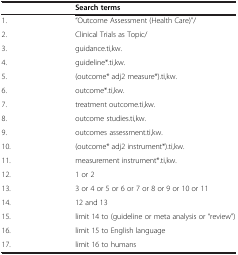
|  | Search terms |
 | --- | --- |
 | 1. | “Outcome Assessment (Health Care)”/ |
 | 2. | Clinical Trials as Topic/ |
 | 3. | guidance.ti,kw. |
 | 4. | guideline*.ti,kw. |
 | 5. | (outcome* adj2 measure*).ti,kw. |
 | 6. | outcome*.ti,kw. |
 | 7. | treatment outcome.ti,kw. |
 | 8. | outcome studies.ti,kw. |
 | 9. | outcomes assessment.ti,kw. |
 | 10. | (outcome* adj2 instrument*).ti,kw. |
 | 11. | measurement instrument*.ti,kw. |
 | 12. | 1 or 2 |
 | 13. | 3 or 4 or 5 or 6 or 7 or 8 or 9 or 10 or 11 |
 | 14. | 12 and 13 |
 | 15. | limit 14 to (guideline or meta analysis or “review”) |
 | 16. | limit 15 to English language |
 | 17. | limit 16 to humans |